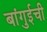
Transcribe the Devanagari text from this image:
बांगुईची